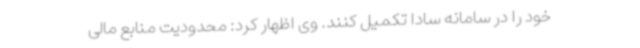
خود را در سامانه سادا تکمیل کنند. وی اظهار کرد: محدودیت منابع مالی